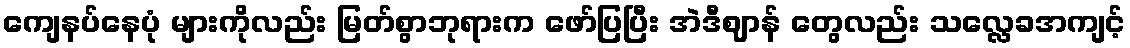
ကျေနပ်နေပုံ များကိုလည်း မြတ်စွာဘုရားက ဖော်ပြပြီး အဲဒီဈာန် တွေလည်း သလ္လေခအကျင့်